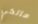
مالكي